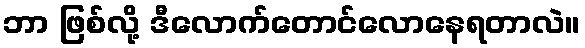
ဘာ ဖြစ်လို့ ဒီလောက်တောင်လောနေရတာလဲ။